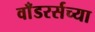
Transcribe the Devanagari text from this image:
वाँडरर्सच्या